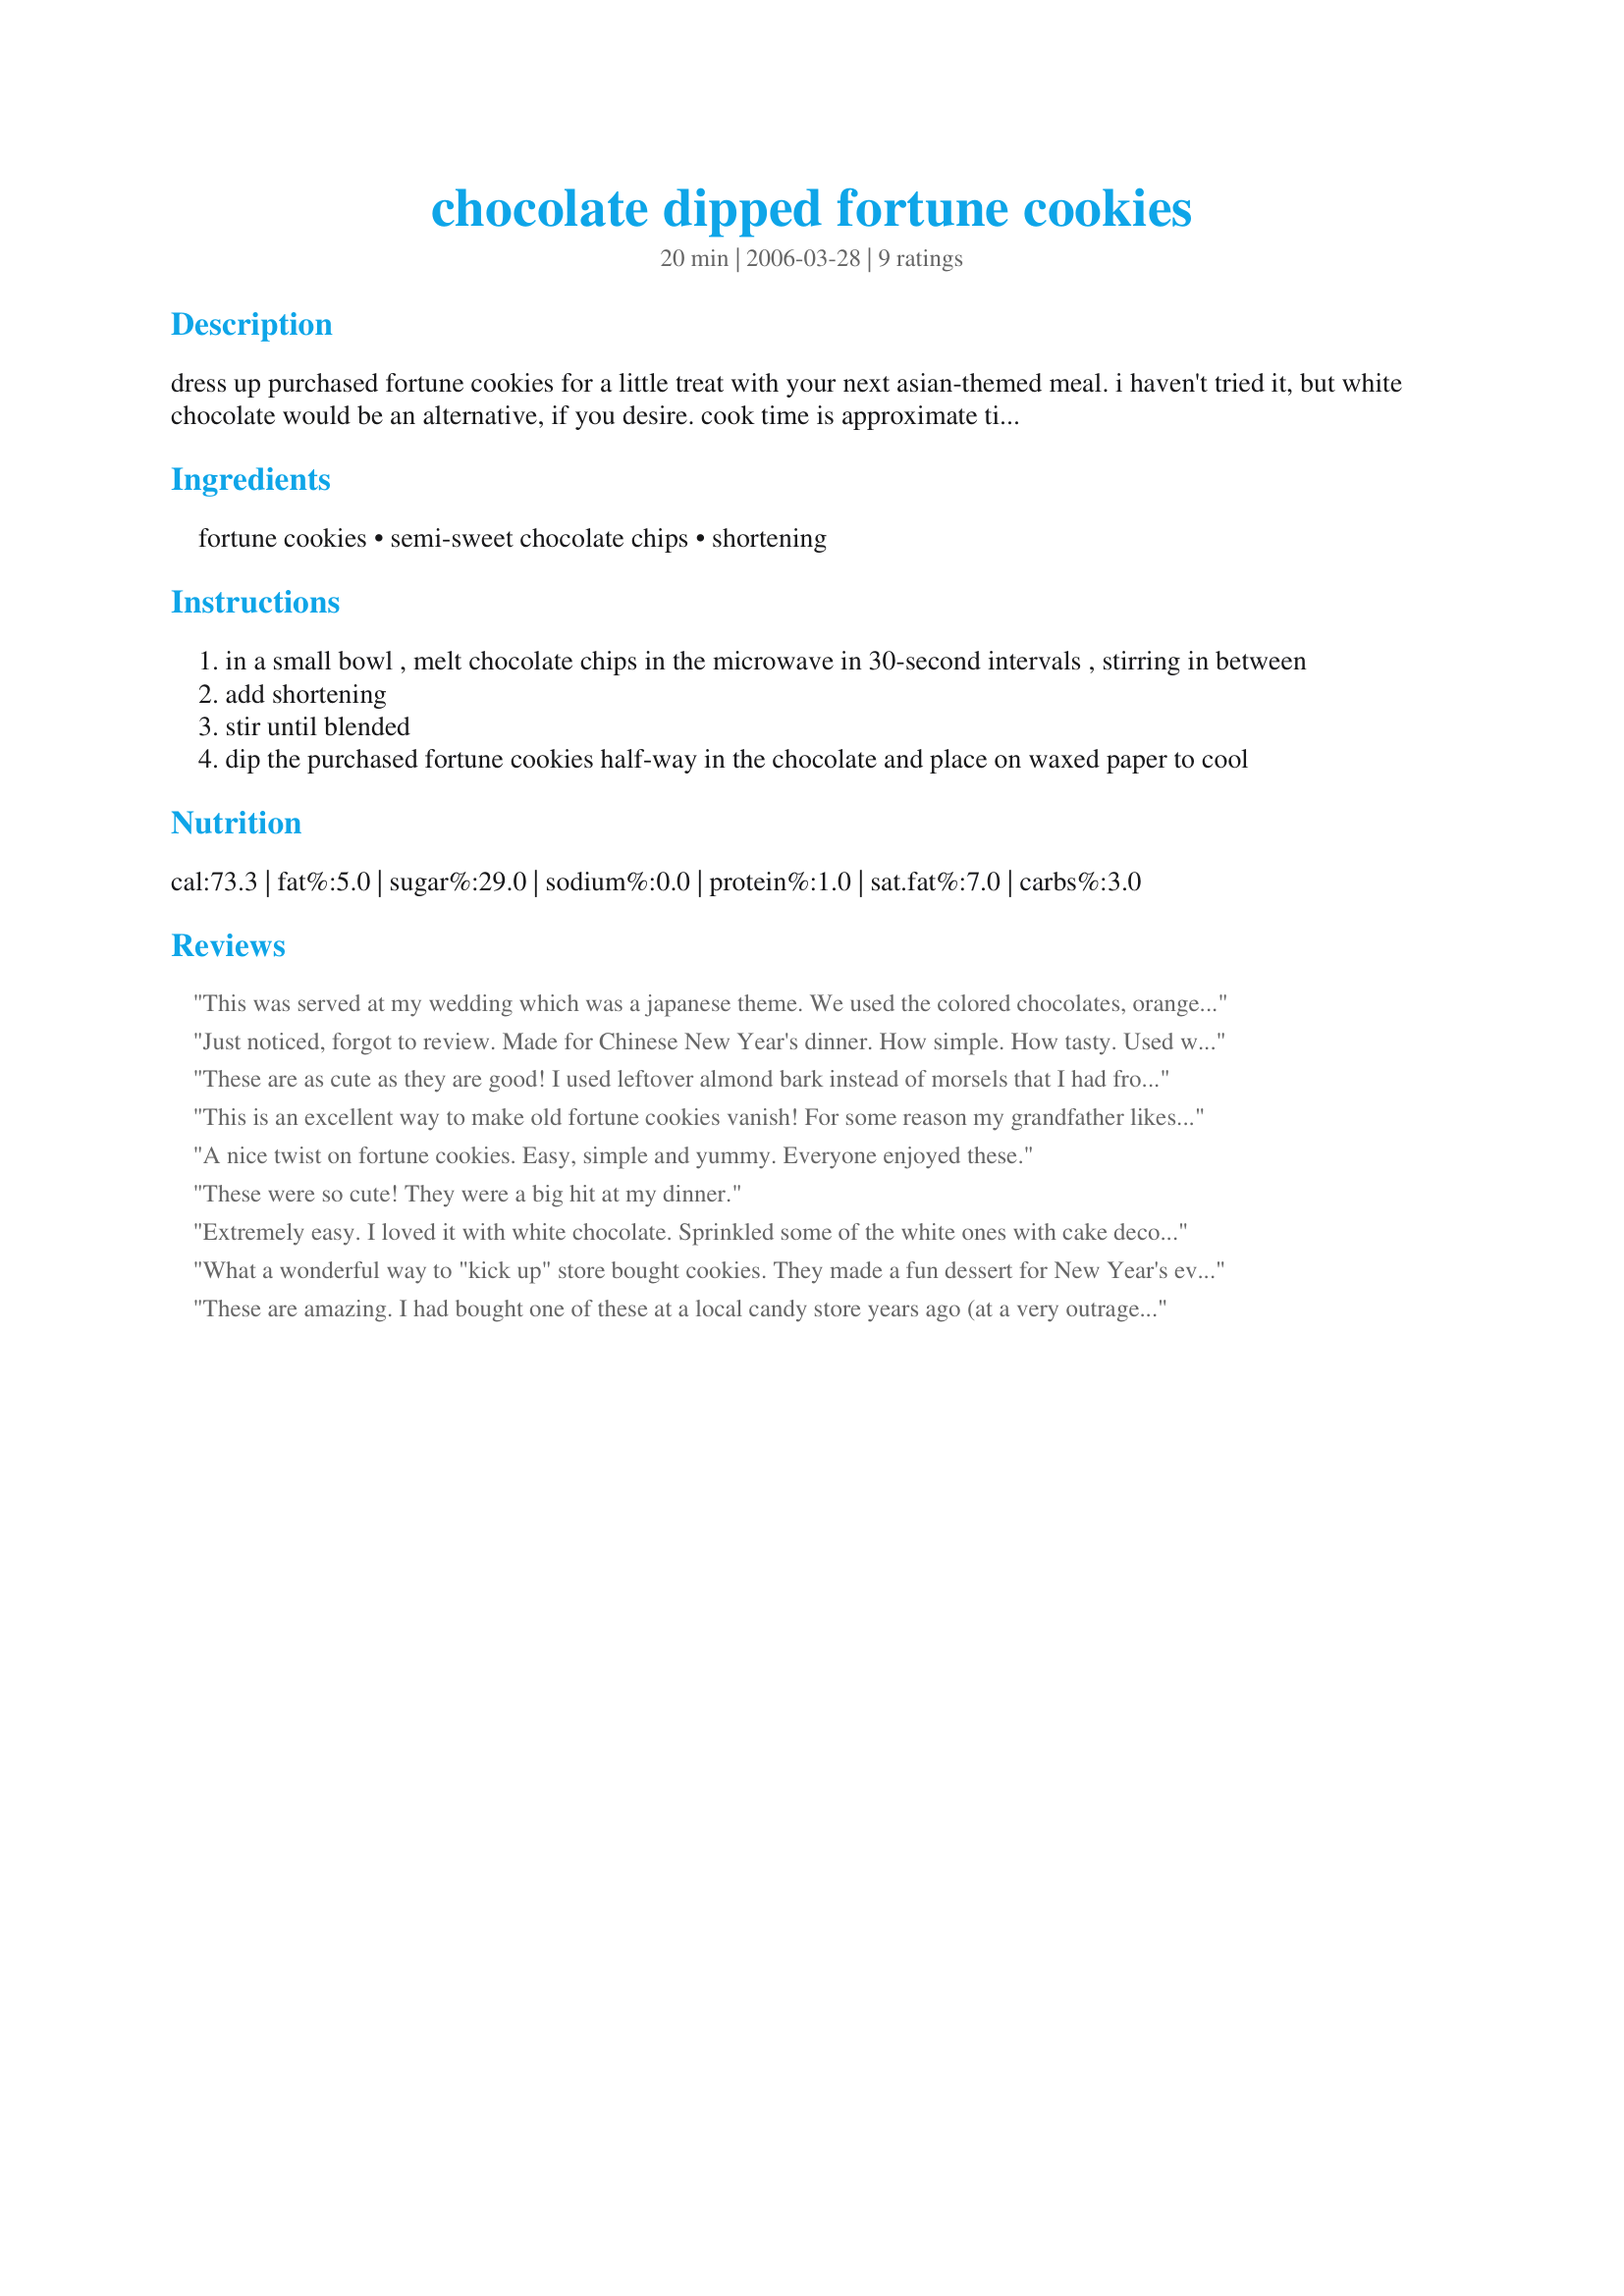
chocolate dipped fortune cookies
Preparation time: 20 minutes

dress up purchased fortune cookies for a little treat with your next asian-themed meal. i haven't tried it, but white chocolate would be an alternative, if you desire. cook time is approximate time for chocolate to cool.

Ingredients:
fortune cookies, semi-sweet chocolate chips, shortening

Steps:
in a small bowl , melt chocolate chips in the microwave in 30-second intervals , stirring in between
add shortening
stir until blended
dip the purchased fortune cookies half-way in the chocolate and place on waxed paper to cool

Reviews:
This was served at my wedding which was a japanese theme. We used the colored chocolates, orange and red and sprinkled them with non-pareils. Everyone loved the idea.
Just noticed, forgot to review. Made for Chinese New Year's dinner. How simple. How tasty. Used white chocolate.
These are as cute as they are good! I used leftover almond bark instead of morsels that I had from halloween. Worked just as well. These looked super cute next to my chinese-themed dinner. Easy, tasty and makes those fortune cookies extra yummy. Thank you!
This is an excellent way to make old fortune cookies vanish! For some reason my grandfather likes to send us fortune cookies in packages which unfortunately are hit and miss flavor but after dipping these in chocolate they were all gone by the end of the day! Thanks!
A nice twist on fortune cookies. Easy, simple and yummy. Everyone enjoyed these.
These were so cute! They were a big hit at my dinner.
Extremely easy. I loved it with white chocolate. Sprinkled some of the white ones with cake decorating sugars.
What a wonderful way to "kick up"
store bought cookies. They made a fun dessert for New Year's eve. Thanks!
These are amazing. I had bought one of these at a local candy store years ago (at a very outrageous price), and was shocked at how wonderful something so simple could taste. We've made them many times with dark chocolate confectionary coating. To further dress them up and make them look really classy, drizzle a thin stream of white coating over top of the chocolate coating. Simple, but elegant, and tasty!
